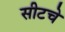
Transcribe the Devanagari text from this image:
सीटचे